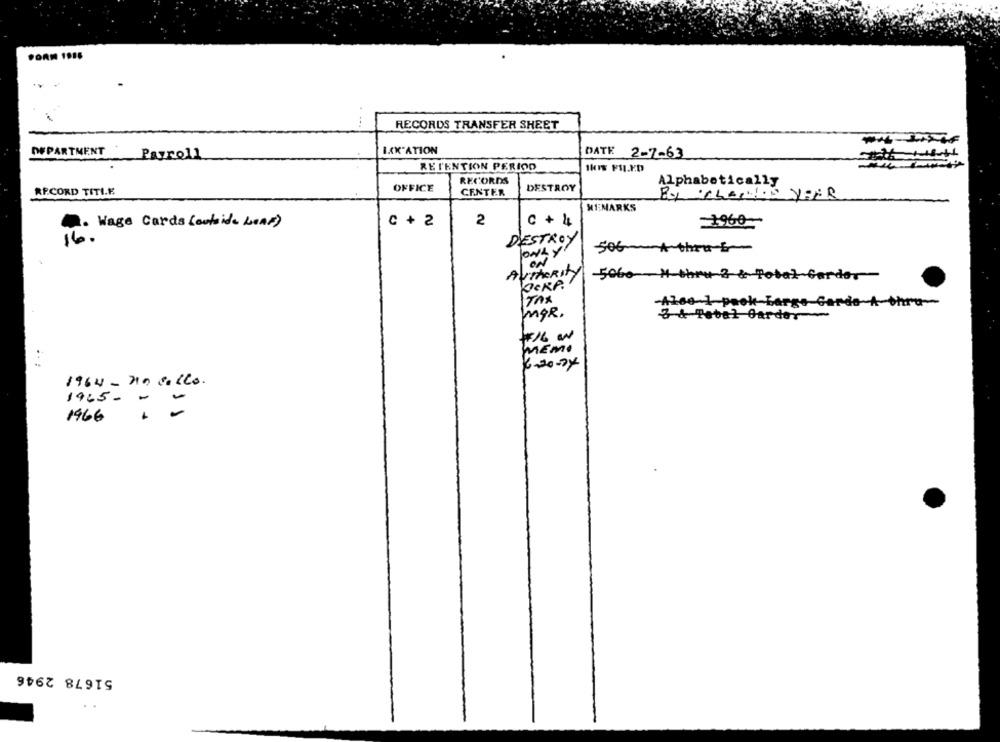
FORM 1985
RECORDS TRANSFER SHEET
DEPARTMENT
Payroll
ICK"ATION
DATE 2-7-63
RETENTION PERIOD
THIS FILED
RECORDS
Alphabetically
RECORD TITI.K.
OFFICE
CENTER
DESTROY
REMARKS
C + 2
2
C + &
1960
1. Wage Cards (outside wear)
DESTROY
16.
ONLY
ON
Authority
AV
-5060- H-thru 2 & Total-Garder
TAX
MGR.
& & Tebal Garder
MEMO
:
K-20.0x
1964- 210 collo.
1965 --
1966
51678 2946